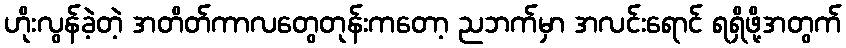
ဟိုးလွန်ခဲ့တဲ့ အတိတ်ကာလတွေတုန်းကတော့ ညဘက်မှာ အလင်းရောင် ရရှိဖို့အတွက်